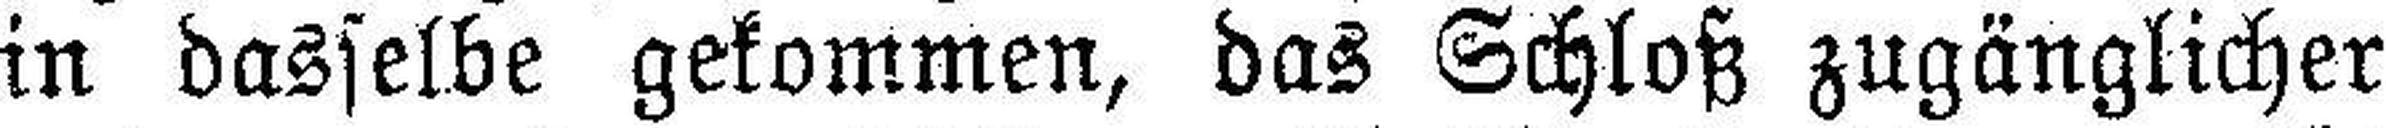
in dasselbe gekommen, das Schloß zugänglicher